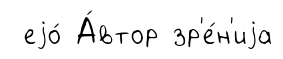
еjо́ А́втор зр'е́н'иjа